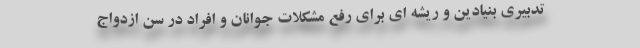
تدبیری بنیادین و ریشه ای برای رفع مشکلات جوانان و افراد در سن ازدواج